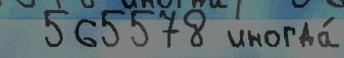
  565578 иногда́